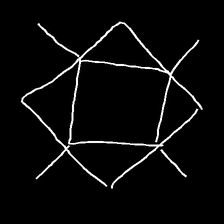
Glyph: light